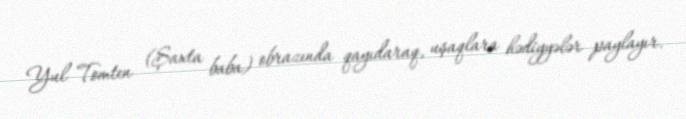
Yul Tomten (Şaxta baba) obrazında qayıdaraq, uşaqlara hədiyyələr paylayır.